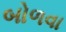
બોળવા